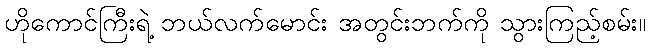
ဟိုကောင်ကြီးရဲ့ ဘယ်လက်မောင်း အတွင်းဘက်ကို သွားကြည့်စမ်း။